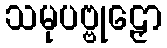
သမုပဗ္ဗုဠှော